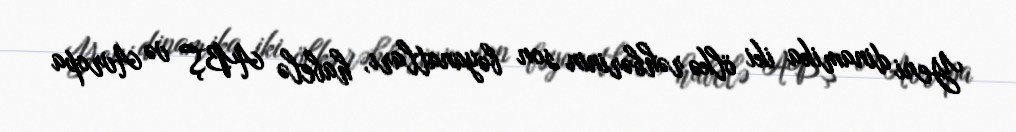
Yeni dinamika iki ölkə rəhbərinin son bəyanatları, habelə ABŞ və Avropa